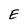
Character: E